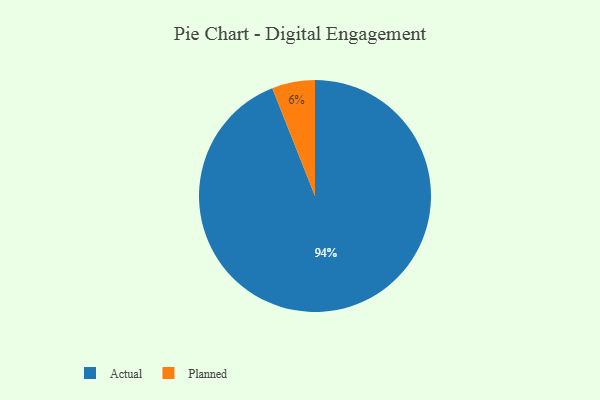
{"axis": {"x": "Category", "y": "Percentage"}, "legend": ["Actual", "Planned"], "data": [{"x": "Actual", "y": 94, "type": "Actual"}, {"x": "Planned", "y": 6, "type": "Planned"}]}